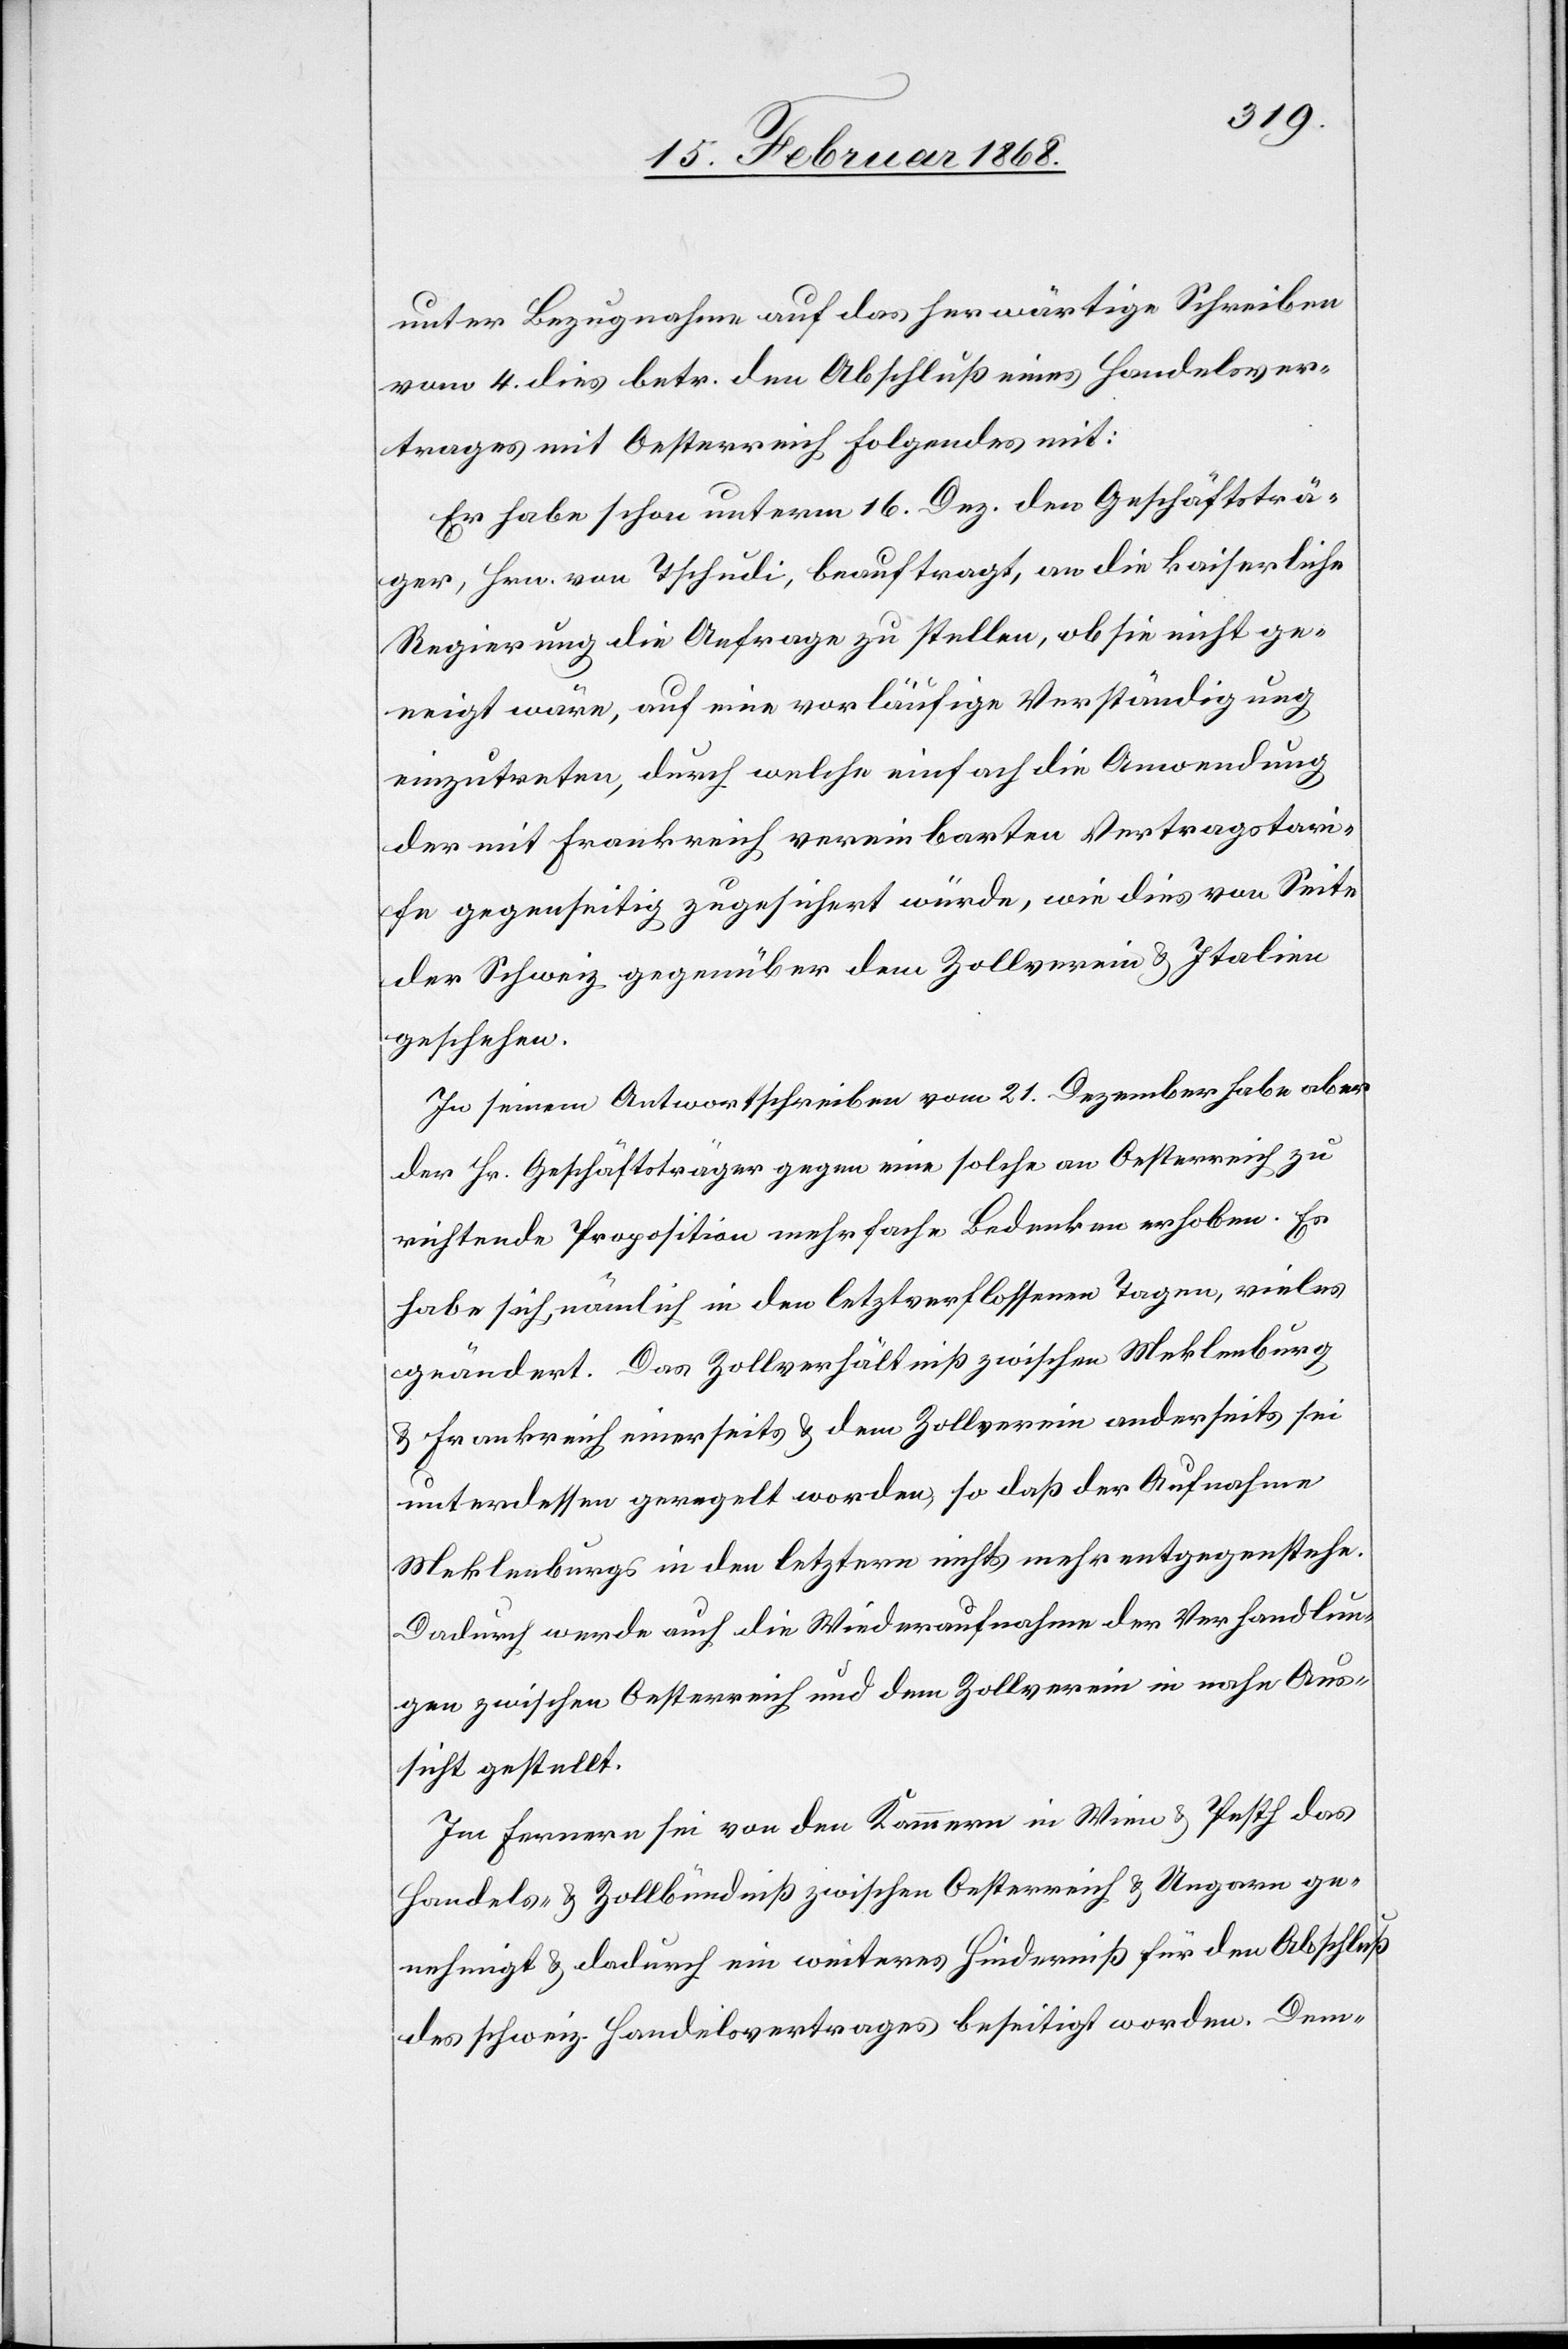
unter Bezugnahme auf das herwärtige Schreiben
vom 4. dies betr. den Abschluß eines Handelsver¬
trages mit Oesterreich Folgendes mit:
Er habe schon unterm 16. Dez. den Geschäftsträ¬
ger, Hrn. von Tschudi, beauftragt, an die kaiserliche
Regierung die Anfrage zu stellen, ob sie nicht ge¬
neigt wäre, auf eine vorläufige Verständigung
einzutreten, durch welche einfach die Anwendung
der mit Frankreich vereinbarten Vertragstari¬
fe gegenseitig zugesichert würde, wie dies von Seite
der Schweiz gegenüber dem Zollverein & Italien
geschehen.
In seinem Antwortschreiben vom 21. Dezember habe aber
der Hr. Geschäftsträger gegen eine solche an Oesterreich zu
richtende Proposition mehrfache Bedenken erhoben. Es
habe sich, nämlich in den letztverflossenen Tagen, vieles
geändert. Das Zollverhältniß zwischen Meklenburg
& Frankreich einerseits & dem Zollverein anderseits sei
unterdessen geregelt worden, so daß der Aufnahme
Meklenburgs in den letztern nichts mehr entgegenstehe.
Dadurch werde auch die Wiederaufnahme der Verhandlun¬
gen zwischen Oesterreich und dem Zollverein in nahe Aus¬
sicht gestellt.
Im Fernern sei von den Kammern in Wien & Pesth das
Handels- & Zollbündniß zwischen Oesterreich & Ungarn ge¬
nehmigt & dadurch ein weiteres Hinderniß für den Abschluß
des schweiz. Handelsvertrages beseitigt worden. Dem-